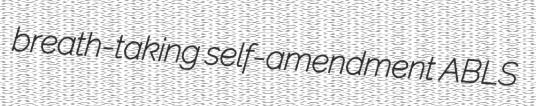
breath-taking self-amendment ABLS